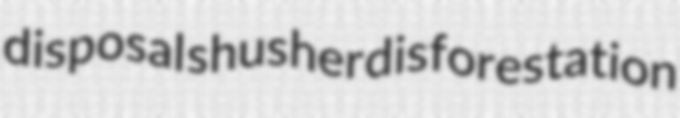
disposal shusher disforestation